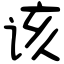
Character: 该